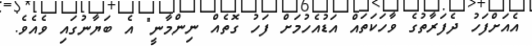
އެއަށްފަހު ދެފަރާތުގެ ވާހަކަތައް އަޑުއެހުމަށް ފަހު ގޮތެއް ނިންމާނީ" އެ ބަޔާނުގައި ވެއެވެ.